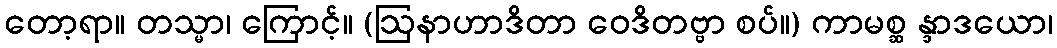
တော့ရာ။ တသ္မာ၊ ကြောင့်။ (ဩနာဟာဒိတာ ဝေဒိတဗ္ဗာ စပ်။) ကာမစ္ဆ န္ဒာဒယော၊